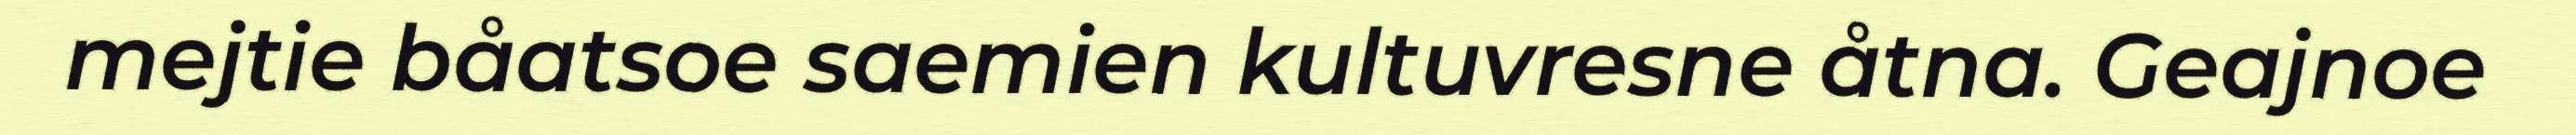
mejtie båatsoe saemien kultuvresne åtna. Geajnoe